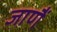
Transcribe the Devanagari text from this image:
जाणैं